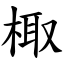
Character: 棷